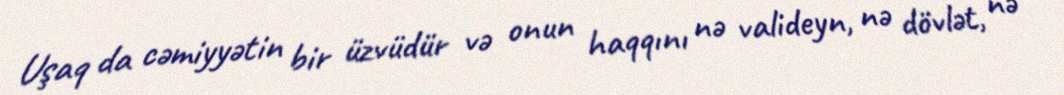
Uşaq da cəmiyyətin bir üzvüdür və onun haqqını nə valideyn, nə dövlət, nə